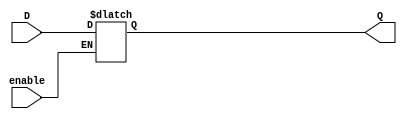
module transparent_latch(
  input wire enable,
  input wire D,
  output reg Q
);

always @(D, enable)
begin
  if (enable)
    Q <= D;
end

endmodule